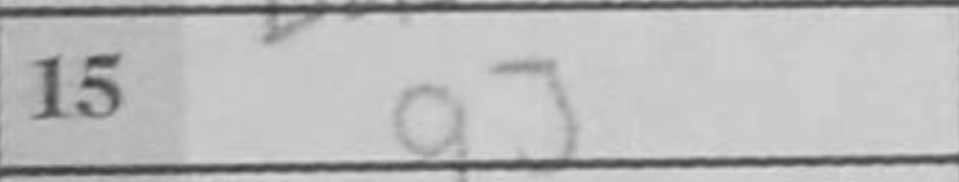
Transcription: g3